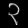
Digit: ၃